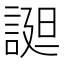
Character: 𧩙